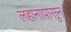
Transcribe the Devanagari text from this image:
लहानापासून